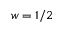
w = 1 / 2